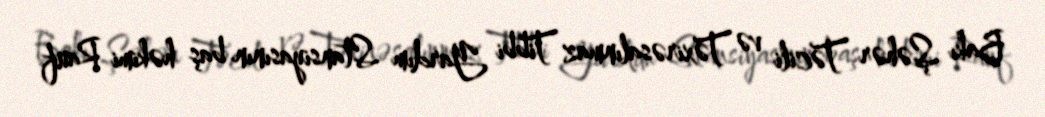
Bakı Şəhər Təcili və Təxirəsalınmaz Tibbi Yardım Stansiyasının baş həkimi Rauf